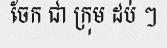
ចែក ជា ក្រុម ដប់ ៗ